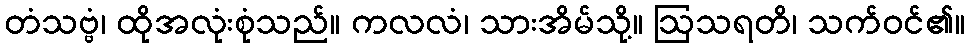
တံသဗ္ဗံ၊ ထိုအလုံးစုံသည်။ ကလလံ၊ သားအိမ်သို့။ ဩသရတိ၊ သက်ဝင်၏။